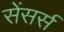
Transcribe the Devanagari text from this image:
सेंसर्स